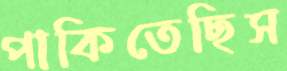
পাকিতেছিস